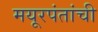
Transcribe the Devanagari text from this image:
मयूरपंतांची